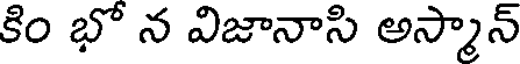
కిం భో న విజానాసి అస్మాన్